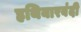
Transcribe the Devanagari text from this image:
हथियारबंदी